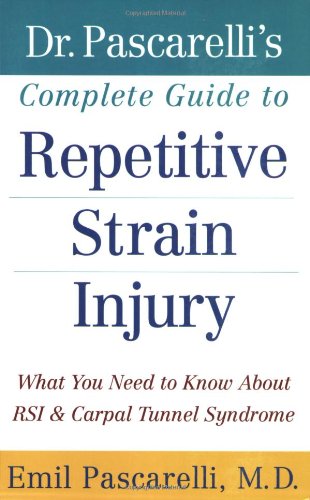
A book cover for Dr. Pascarelli's Complete Guide to Repetitive Strain Injury: What You Need to Know About RSI and Carpal Tunnel Syndrome; Emil Pascarelli M.D.; Health, Fitness & Dieting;